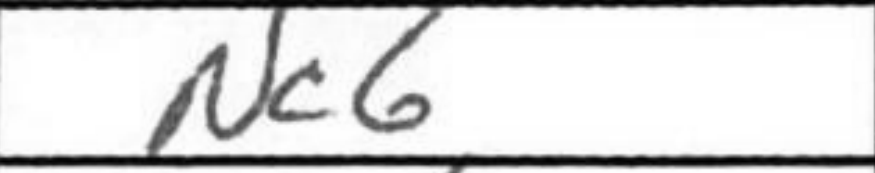
Transcription: Nc6